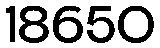
18650